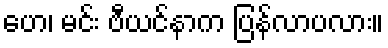
ဟေ၊ မင်း ဗီယင်နာက ပြန်လာပလား။